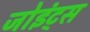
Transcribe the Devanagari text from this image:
जोइंट्स